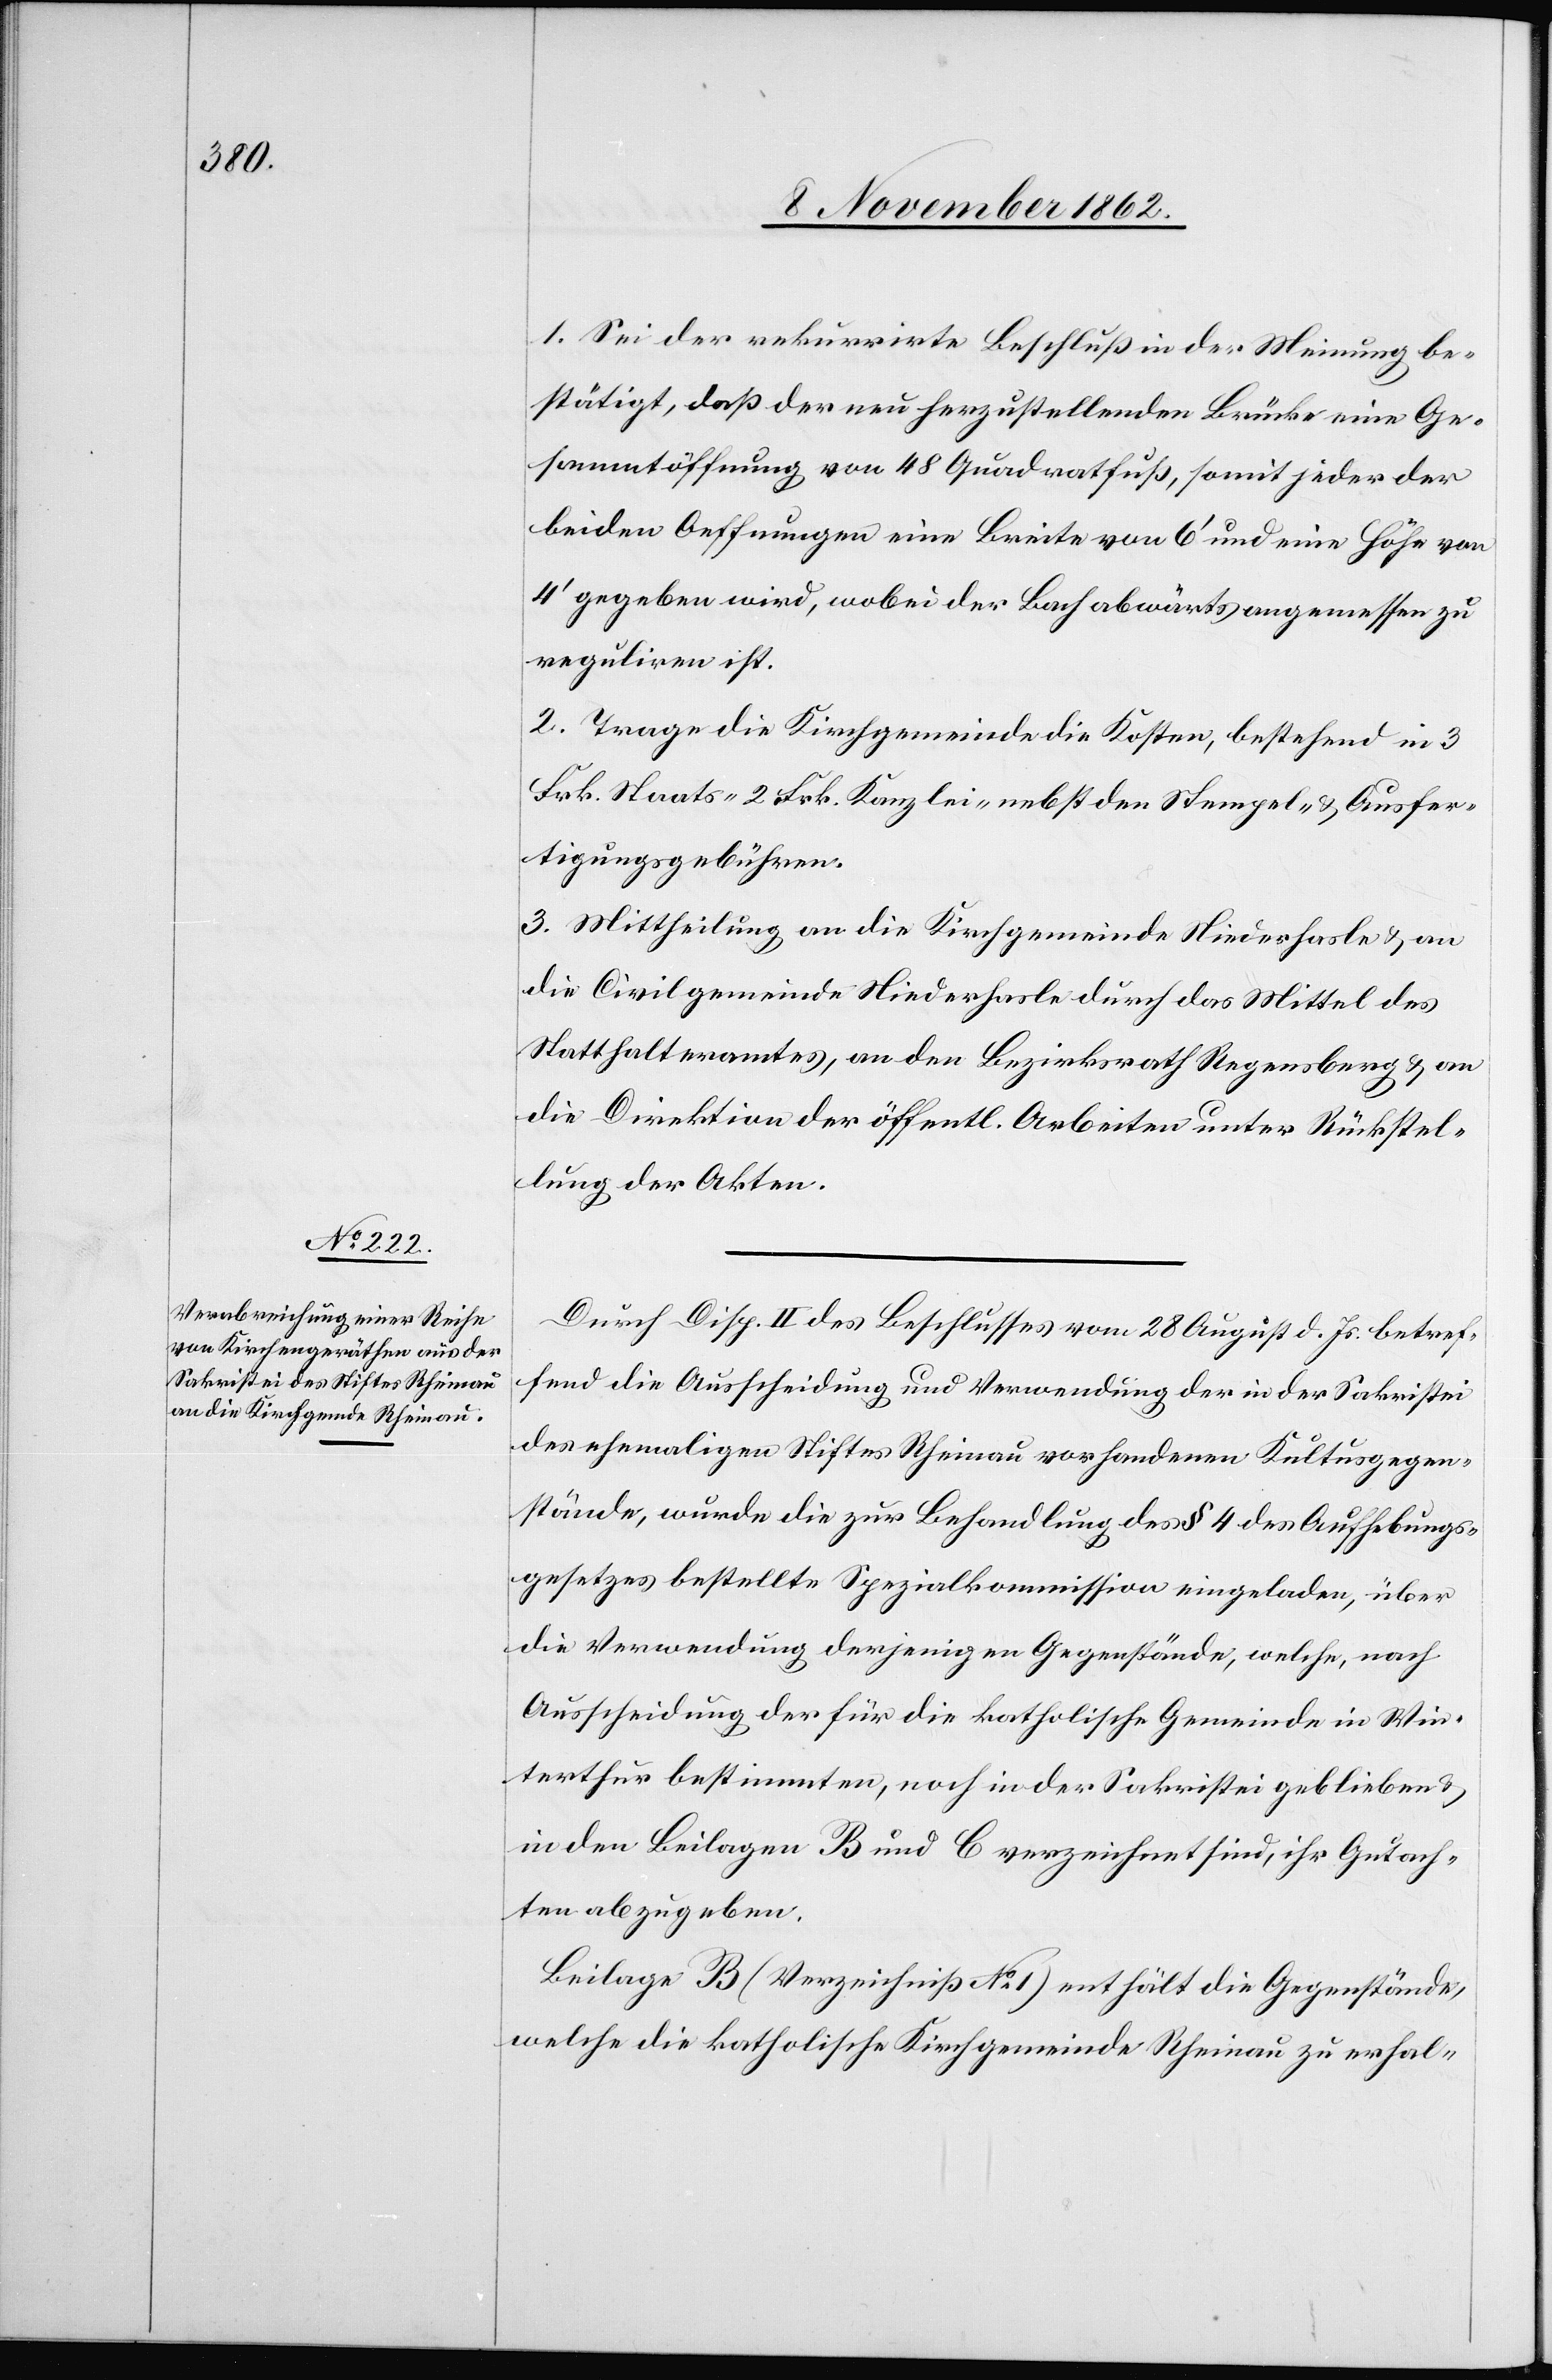
1. Sei der rekurrirte Beschluß in der Meinung be¬
stätigt, daß der neu herzustellenden Brücke eine Ge¬
sammtöffnung von 48 Quadratfuß, somit jeder der
beiden Oeffnungen eine Breite von 6’ und eine Höhe von
4’ gegeben wird, wobei der Bach abwärts angemessen zu
reguliren ist.
2. Trage die Kirchgemeinde die Kosten, bestehend in 2
Frk. Staats-[,] 2 Frk. Kanzlei- nebst den Stempel- u. Ausfer¬
tigungsgebühren.
3. Mittheilung an die Kirchgemeinde Niederhasle u. an
die Civilgemeinde Niederhasle durch das Mittel des
Statthalteramtes, an den Bezirksrath Regensberg u. an
die Direktion der öffentl. Arbeiten unter Rückstel¬
lung der Akten.
Durch Disp. II des Beschlusses vom 28. August d. Js. betref¬
fend die Ausscheidung und Verwendung der in der Sakristei
des ehemaligen Stiftes Rheinau vorhandenen Kultusgegen¬
stände, wurde die zur Behandlung des § 4 des Aufhebungs¬
gesetzes bestellte Spezialkommission eingeladen, über
die Verwendung derjenigen Gegenstände, welche, nach
Ausscheidung der für die katholische Gemeinde in Win¬
terthur bestimmten, noch in der Sakristei geblieben u.
in den Beilagen B und C verzeichnet sind, ihr Gutach¬
ten abzugeben.
Beilage B (Verzeichniß No 1) enthält die Gegenstände,
welche die katholische Kirchgemeinde Rheinau zu erhal-